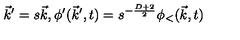
\vec { k } ^ { \prime } = s \vec { k } , \phi ^ { \prime } ( \vec { k } ^ { \prime } , t ) = s ^ { - \frac { D + 2 } { 2 } } \phi _ { < } ( \vec { k } , t )